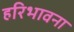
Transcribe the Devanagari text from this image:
हरिभावना